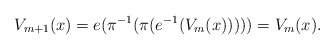
\begin{align*}V_{m+1}(x) = e(\pi ^{-1} (\pi ( e^{-1}(V_{m}(x)) ))) = V_{m}(x).\end{align*}